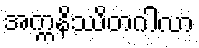
အက္ကနိဿိတဂါလာ